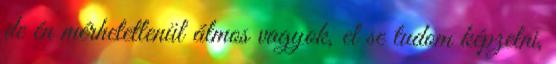
de én mérhetetlenül álmos vagyok, el se tudom képzelni,